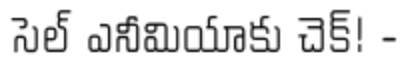
సెల్ ఎనీమియాకు చెక్! -